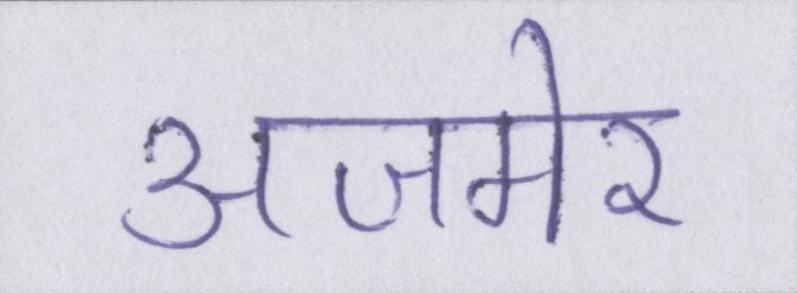
अजमेर